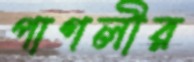
পাগলীর